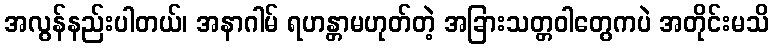
အလွန်နည်းပါတယ်၊ အနာဂါမ် ရဟန္တာမဟုတ်တဲ့ အခြားသတ္တဝါတွေကပဲ အတိုင်းမသိ